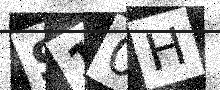
Text: S10H